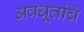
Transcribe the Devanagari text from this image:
अवधूतांचे